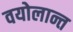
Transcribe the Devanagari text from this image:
वयोलान्त